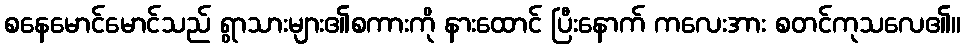
စနေမောင်မောင်သည် ရွာသားများ၏စကားကို နားထောင် ပြီးနောက် ကလေးအား စတင်ကုသလေ၏။